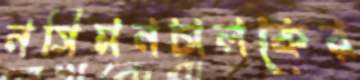
নসিমনচালকের